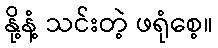
နို့နံ့ သင်းတဲ့ ဖရုံစေ့။